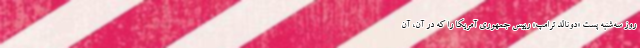
روز سه‌شنبه پست «دونالد ترامپ» رییس جمهوری آمریکا را که در آن، آن